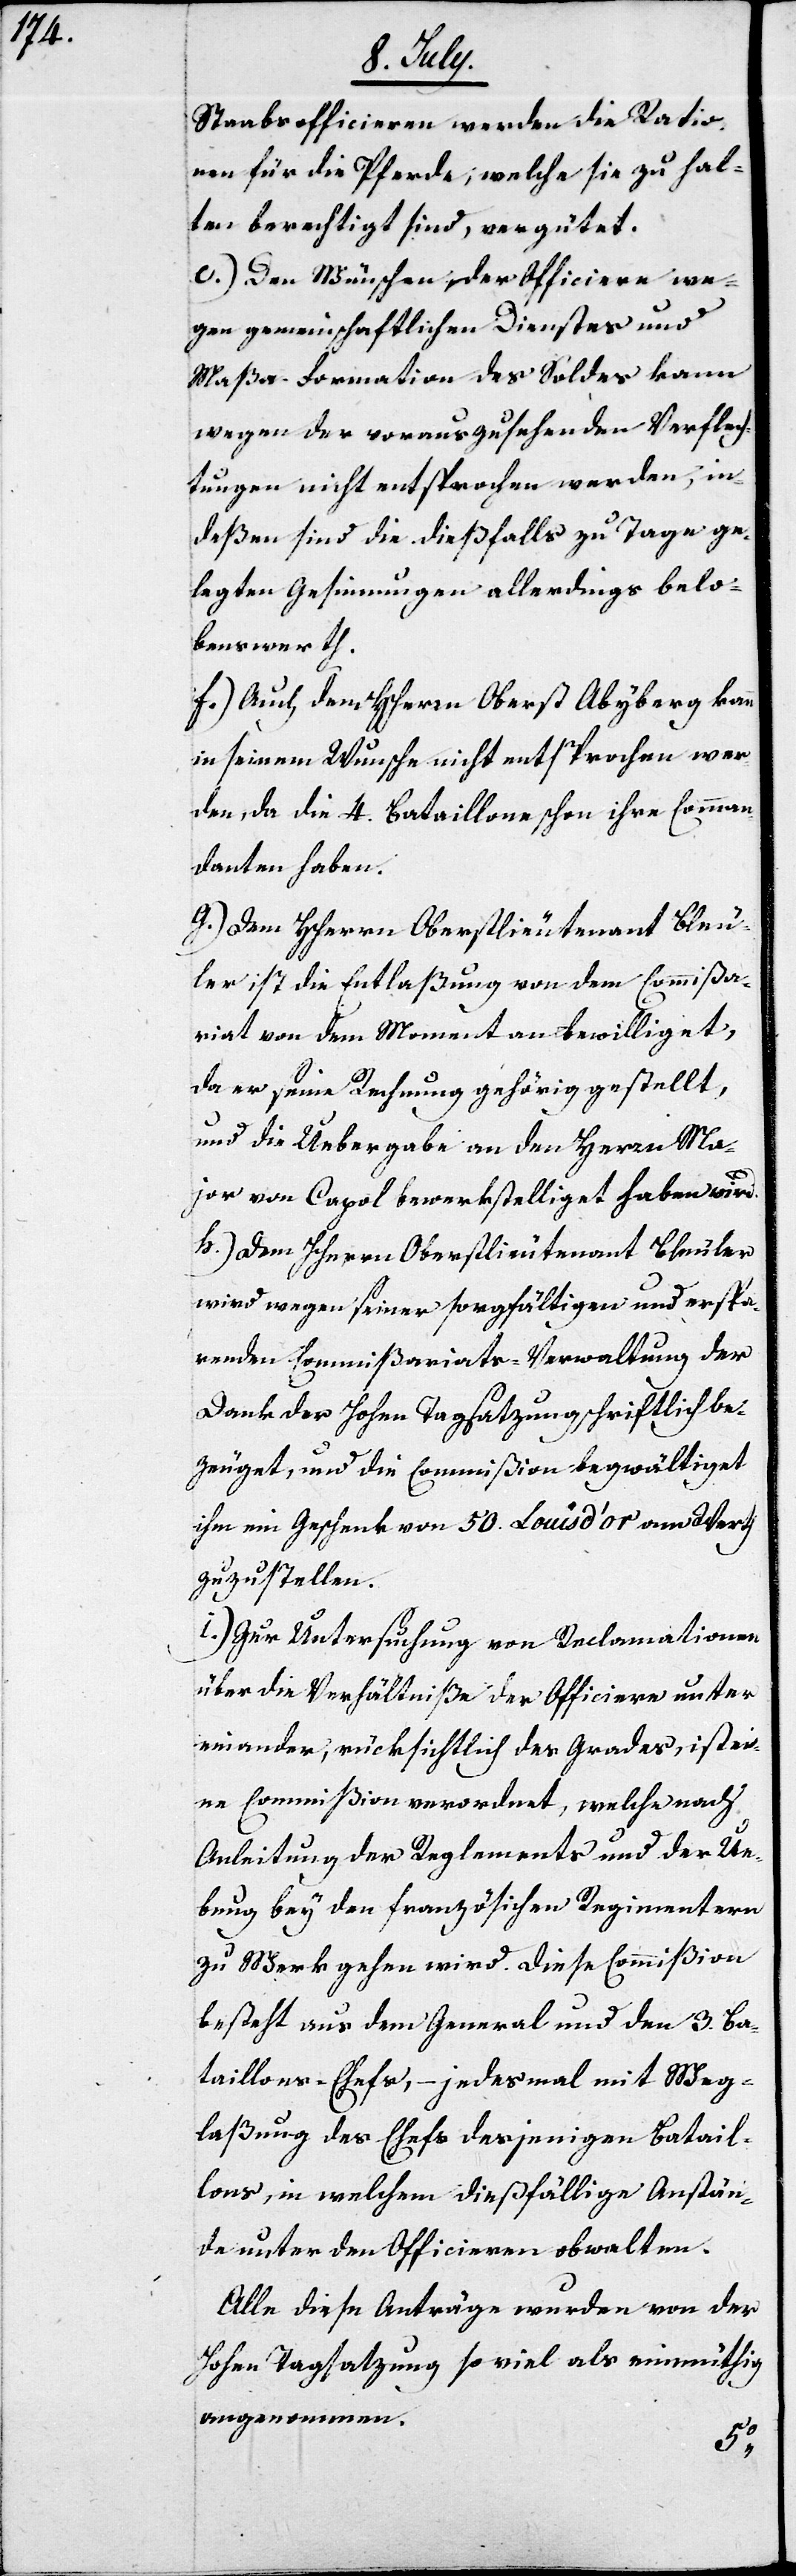
Staabsofficieren werden die Ratio¬
nen für die Pferde, welche sie zu hal¬
ten berechtigt sind, vergütet.
e.) Den Wünschen der Officiere we¬
gen gemeinschaftlichen Dienstes und
Maßa-Formation des Soldes kann
wegen der vorzusehenden Verflech¬
tungen nicht entsprochen werden, in¬
deßen sind die dießfalls zu Tage ge¬
legten Gesinnungen allerdings belo¬
benswerth.
f.) Auch dem HHerrn Oberst Abyberg kann
in seinem Wunsche nicht entsprochen wer¬
den, da die 4. Bataillons schon ihre Comman¬
danten haben.
h.) Dem HHerrn Oberstlieutenant Bleuler
ler ist die Entlaßung von dem Commißa¬
riat von dem Moment an bewilliget,
da er seine Rechnung gehörig gestellt
und die Übergabe an den Herrn Ma¬
jor von Capol bewerkstelliget haben wird.
wird wegen seiner sorgfältigen und erspa¬
renden Commißariats-Verwaltung der
Dank der Hohen Tagsatzung schriftlich be¬
zeuget, und die Commißion begwältiget
ihm ein Geschenk von 50. Louis d’Or am Werth
zuzustellen.
i.) Zur Untersuchung von Reclamationen
über die Verhältniße der Officiere unter¬
einander, rücksichtlich des Grades, ist ei¬
ne Commißion verordnet, welche nach
Anleitung der Reglements und der Ue¬
bung bey den französischen Regimentern
zu Werk gehen wird. Diese Commißion
besteht aus dem General und den 9. Ba¬
taillons-Chefs, – jedes Mal mit Weg¬
laßung des Chefs desjenigen Batail¬
lons, in welchem dießfällige Anstän¬
de unter den Officieren obwalten.
Alle diese Anträge wurden von der
Hohen Tagsatzung so viel als einmüthig
angenommen.